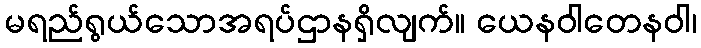
မရည်ရွယ်သောအရပ်ဌာနရှိလျက်။ ယေနဝါတေနဝါ၊